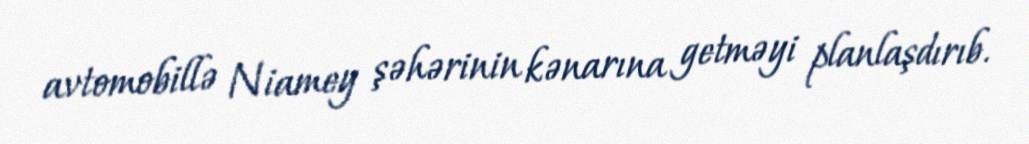
avtomobillə Niamey şəhərinin kənarına getməyi planlaşdırıb.